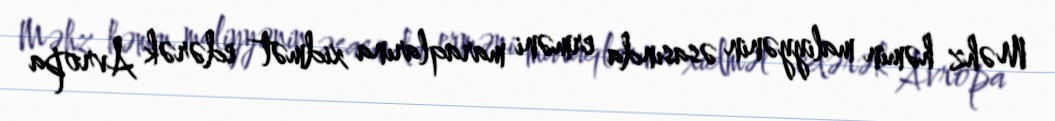
Məhz həmin maliyyənin əsasında erməni maraqlarına xidmət edərək Avropa